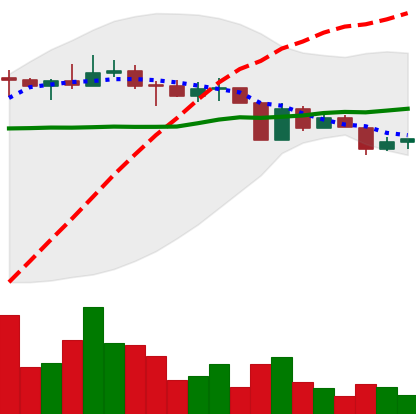
Ticker: ETC-USD
Chart end date: 2022-04-13
Forward return: -4.305%
Label: down_3_5